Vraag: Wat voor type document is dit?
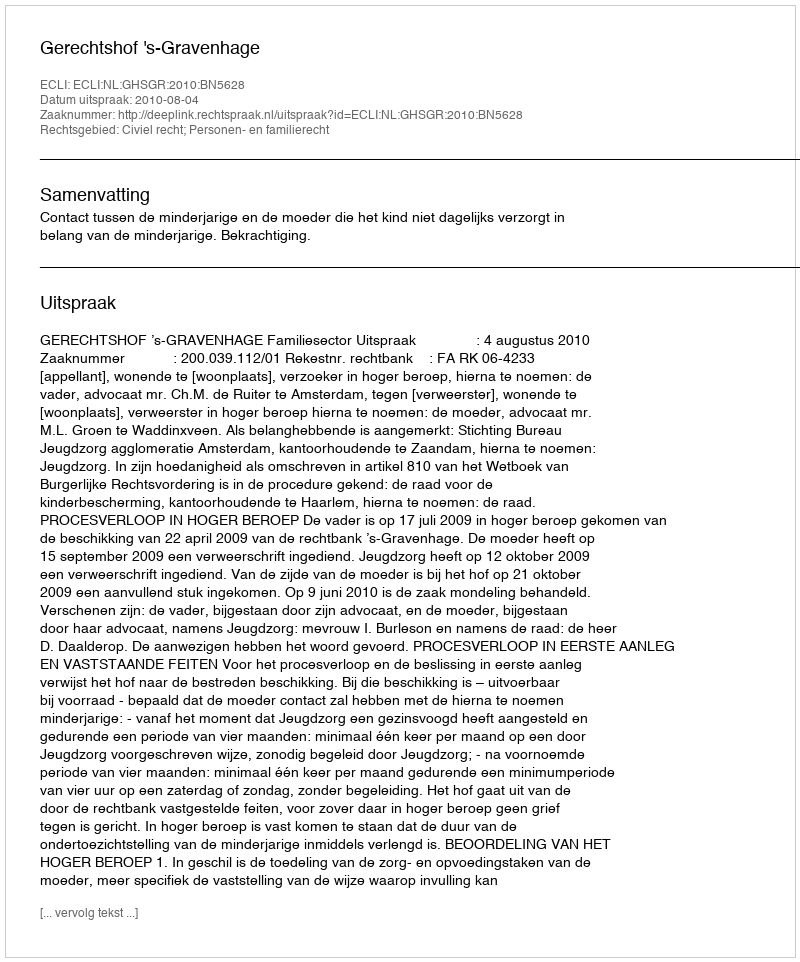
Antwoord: Uitspraak